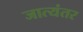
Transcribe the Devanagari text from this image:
जात्यंतर